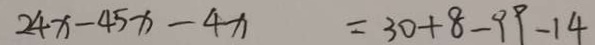
2 4 x - 4 5 x - 4 x = 3 0 + 8 - 9 9 - 1 4